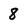
Character: 8